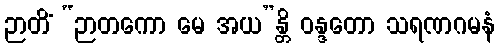
ဉာတိံ “ဉာတကော မေ အယ”န္တိ ဝန္ဒတော သရဏဂမနံ